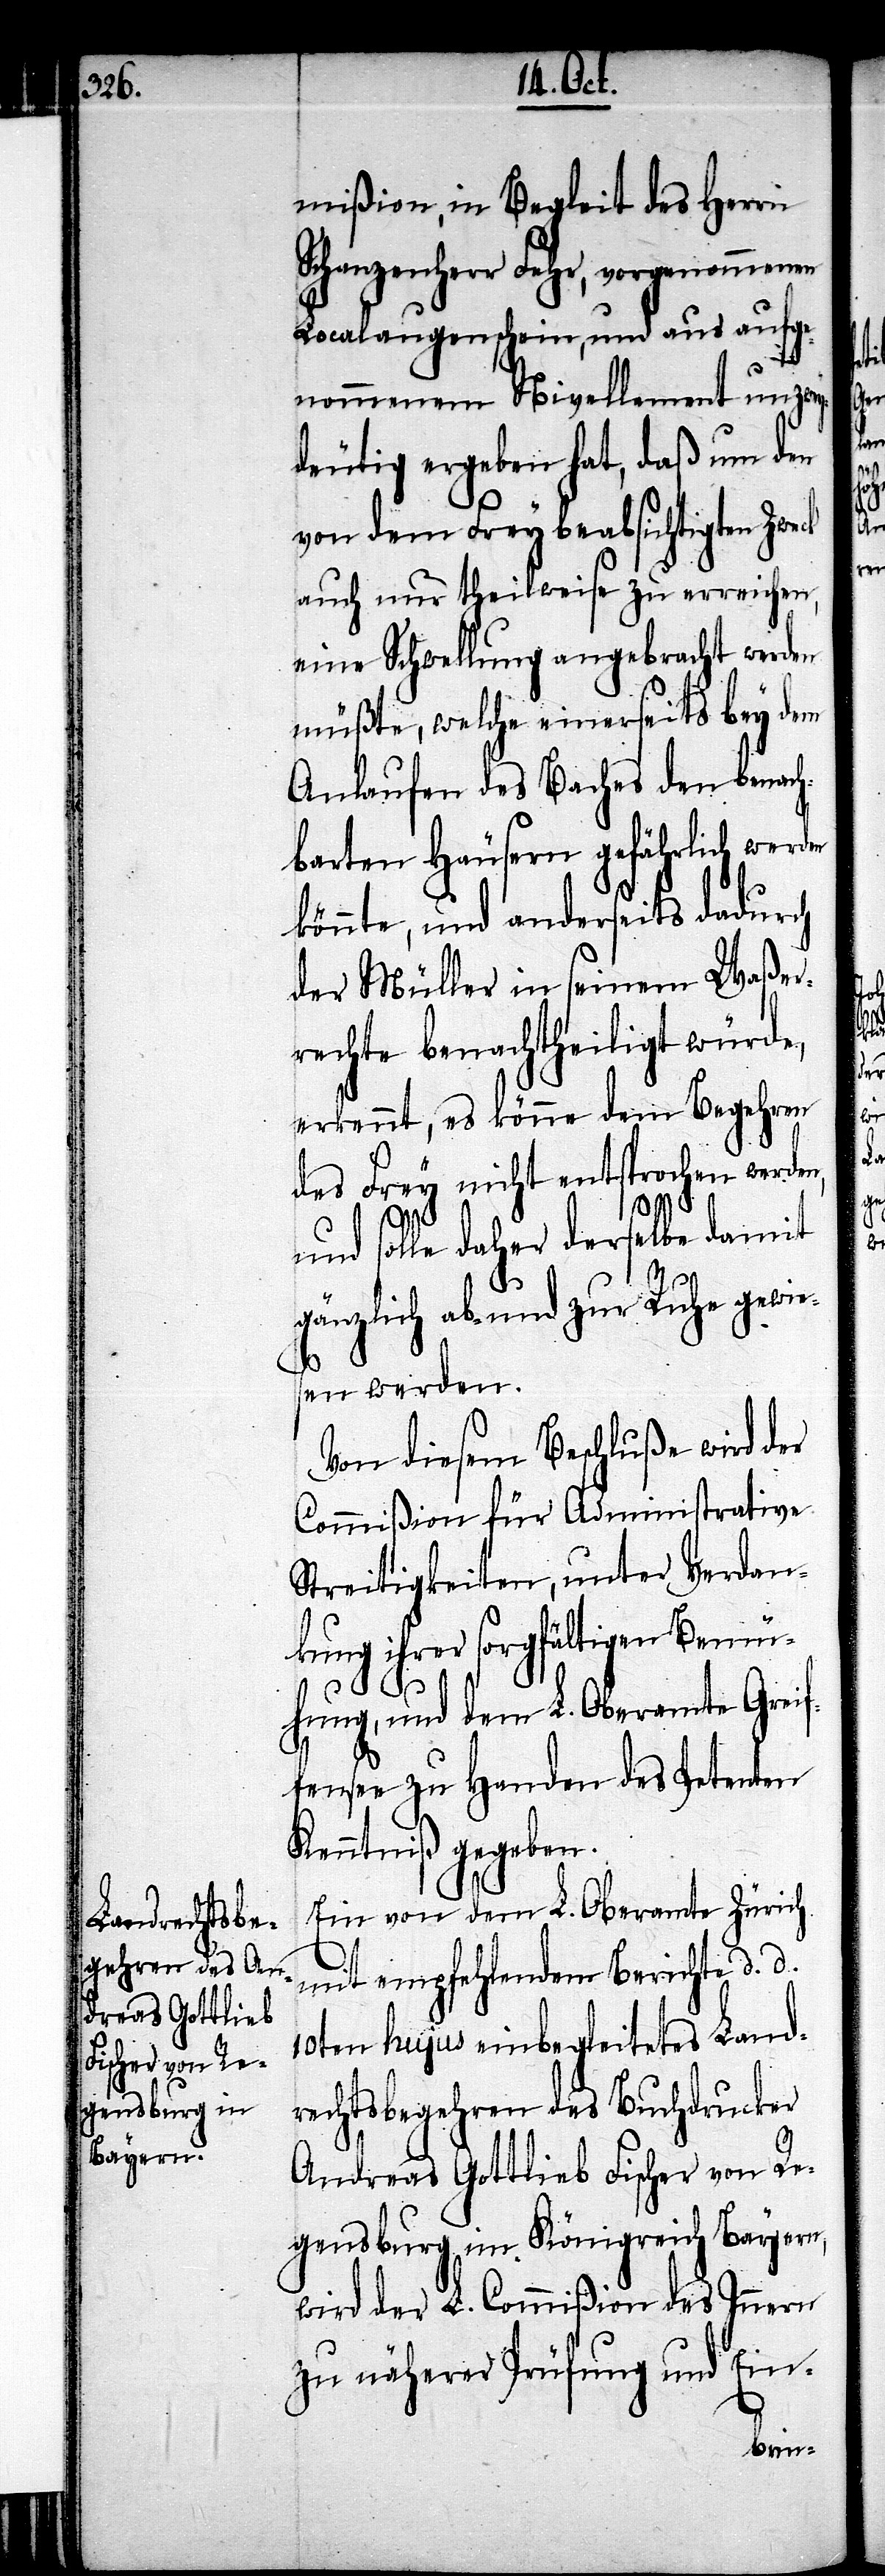
mißion, in Begleit des Herrn
Schanzenherr Fehr, vorgenommenen
Localangelegenheiten, und aus aufge¬
nommenem Nivellement unzwey¬
deutig ergeben hat, daß um den
von dem Frey beabsichtigten Zweck
auch nur theilweise zu erreichen,
eine Schwellung angebracht werden
müßte, welche einerseits bey dem
Anlaufen des Baches den benach¬
barten Häusern gefährlich werden
könnte, und anderseits dadurch
der Müller in seinem Waßer¬
rechte benachtheiligt würde,
erkennt, es könne dem Begehren
des Frey nicht entsprochen werde¬
n,
und solle daher derselbe damit
gänzlich ab- und zur Ruhe gewie¬
sen werden.
Von diesem Beschluße wird der
Commißion für Administrative
Streitigkeiten, unter Verdan¬
kung ihrer sorgfältigen Bemü¬
hung, und dem L. Oberamte Greif¬
fensee zu Handen des Petenten
Kenntniß gegeben.